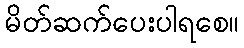
မိတ်ဆက်ပေးပါရစေ။